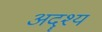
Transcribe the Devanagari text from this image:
अदॄश्य